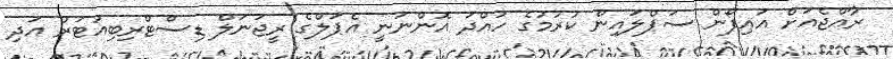
ރާއްޖެއަށް އައިފޯން ސަޕްލައިން ކުރުމުގެ ހުއްދަ އޮންނަނީ އެޕަލްގެ ރީޖަނަލް ޑިސްޓްރިބިއުޓަރު އަދި